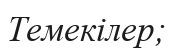
Темекілер;